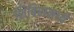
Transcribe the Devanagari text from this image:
शिबिरामध्ये